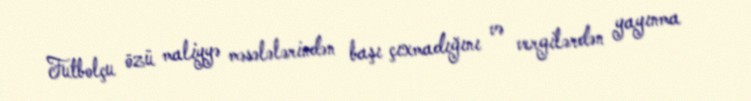
Futbolçu özü maliyyə məsələlərindən başı çıxmadığını və vergilərdən yayınma